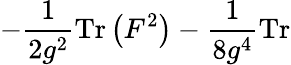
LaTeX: -\frac{1}{2g^{2}}\mathrm{Tr}\left(F^{2}\right)-\frac{1}{8g^{4}}\mathrm{Tr}